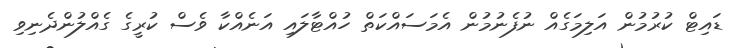
ޑައިޓް ކުރުމުން އަލިމަގެއް ނުފެނުމުން އެމަސައްކަތް ހުއްޓާލައި އަނެއްކާ ވެސް ކުރީގެ ގެއްލުންދެނިވި